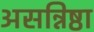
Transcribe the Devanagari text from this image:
असन्निष्ठा